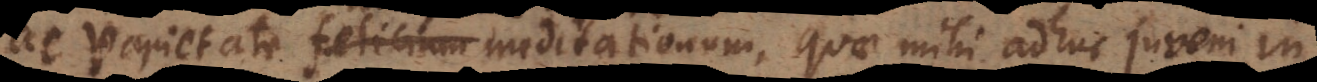
plane infelicium meditationum, quae mihi adhuc juveni in